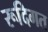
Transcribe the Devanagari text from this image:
रूदिगत